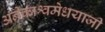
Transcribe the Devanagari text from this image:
अनेकाश्वमेधयाजी